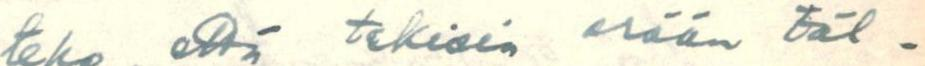
teko, että tekisin erään täl-